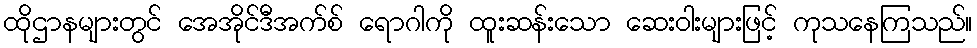
ထိုဌာနများတွင် အေအိုင်ဒီအက်စ် ရောဂါကို ထူးဆန်းသော ဆေးဝါးများဖြင့် ကုသနေကြသည်။